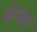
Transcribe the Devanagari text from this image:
केचम